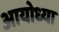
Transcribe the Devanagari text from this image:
अायोध्या